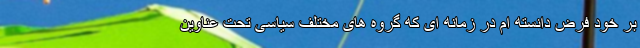
بر خود فرض دانسته ام در زمانه ای که گروه های مختلف سیاسی تحت عناوین